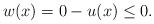
LaTeX: \begin{align*}w(x)=0-u(x)\le0.\end{align*}